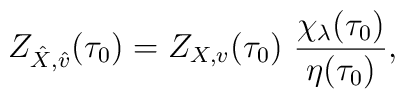
Z_{\hat X,\hat v}(\tau_0)=Z_{X,v}(\tau_0)\,\,\frac{\chi_{\lambda}(\tau_0)}{\eta(\tau_0)},